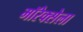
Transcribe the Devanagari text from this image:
मॉरेक्सेला